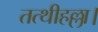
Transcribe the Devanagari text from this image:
तत्थीहल्ला।